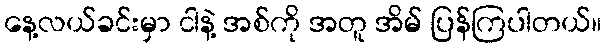
နေ့လယ်ခင်းမှာ ငါနဲ့ အစ်ကို အတူ အိမ် ပြန်ကြပါတယ်။